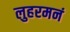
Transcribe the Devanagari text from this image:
लुहरमनं